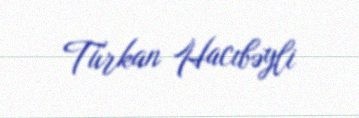
Türkan Hacıbəyli